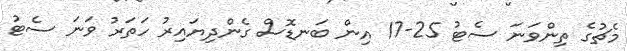
މެޗުގެ ތިންވަނަ ސެޓު 25-17 އިން ބަނޑޮސް ގެންދިޔައިރު ހަތަރު ވަނަ ސެޓު